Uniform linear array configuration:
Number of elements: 32
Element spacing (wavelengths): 0.25
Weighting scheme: exponential
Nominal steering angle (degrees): -30
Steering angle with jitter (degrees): -30.293
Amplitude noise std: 0.05
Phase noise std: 0.05

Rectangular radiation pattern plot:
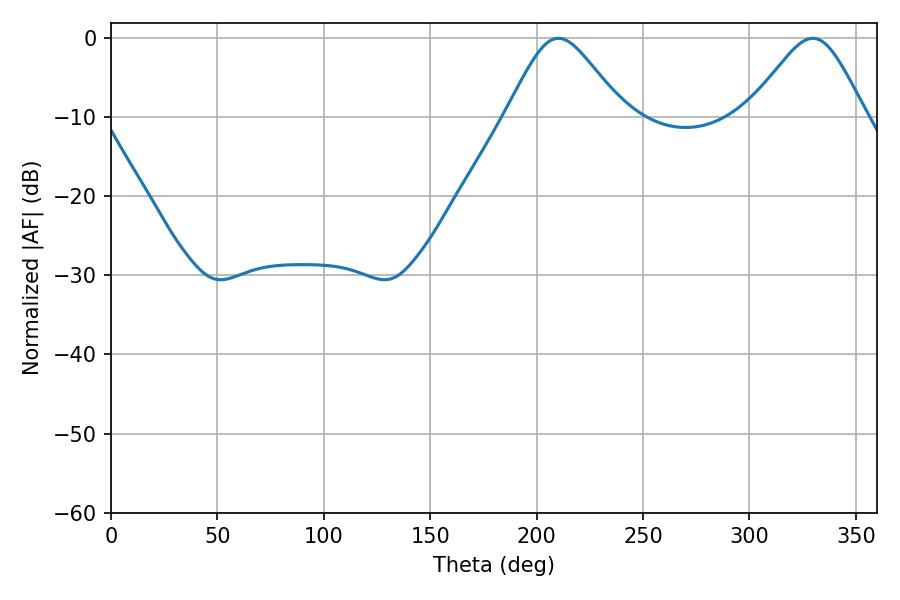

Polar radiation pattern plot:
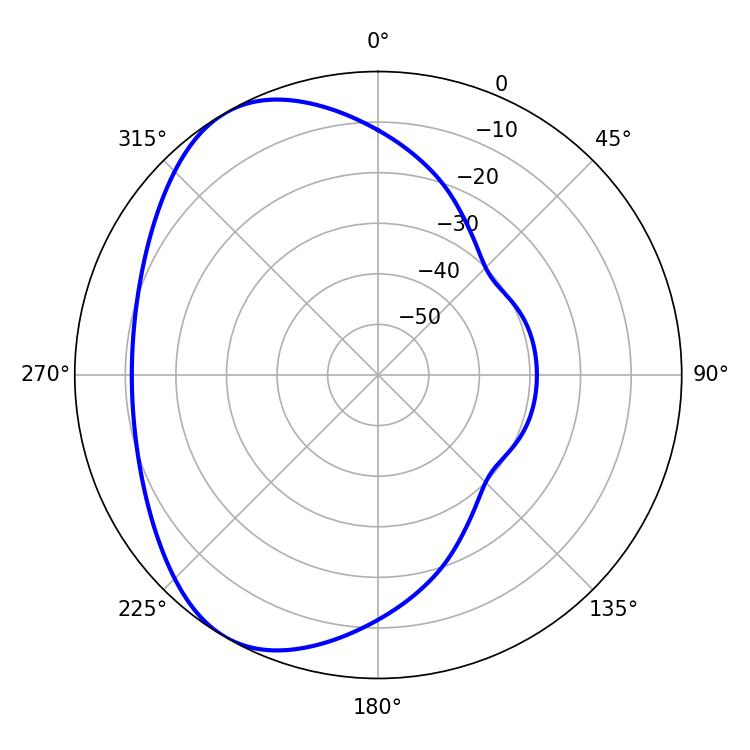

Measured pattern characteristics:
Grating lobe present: FALSE
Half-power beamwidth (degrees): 26.82
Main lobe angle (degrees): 210.24